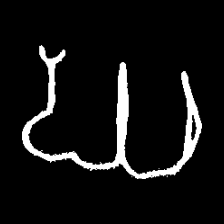
Pyu character \u2014 Myanmar letter: ဃ (romanized: gha)